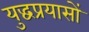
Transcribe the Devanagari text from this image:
युद्धप्रयासों